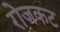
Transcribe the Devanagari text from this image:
रोजकट